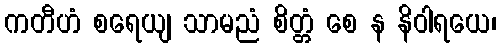
ကတီဟံ စရေယျ သာမညံ စိတ္တံ စေ န နိဝါရယေ၊